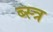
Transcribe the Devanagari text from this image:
ब्स्त्र